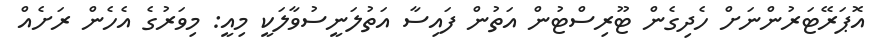
އޮޕަރޭޓަރުންނަށް ހެދިގެން ޓޫރިސްޓުން އަތުން ފައިސާ އަތުލަނީސުވާލަކީ މިއީ: މިވަރުގެ އެހެން ރަށެއް